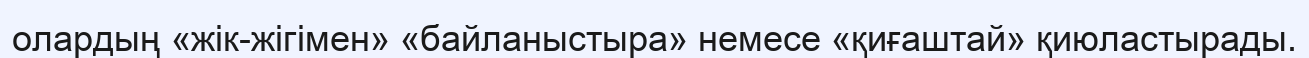
олардың «жік-жігімен» «байланыстыра» немесе «қиғаштай» қиюластырады.